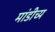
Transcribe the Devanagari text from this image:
मांडीच्य